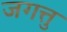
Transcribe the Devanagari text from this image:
जगत्तु